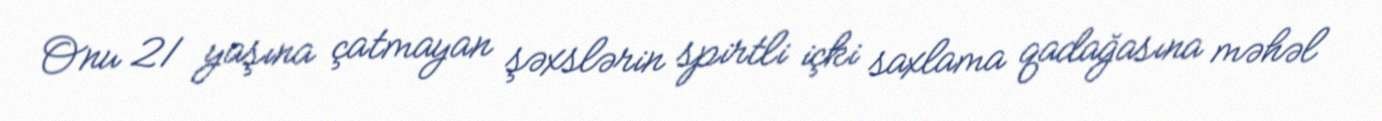
Onu 21 yaşına çatmayan şəxslərin spirtli içki saxlama qadağasına məhəl